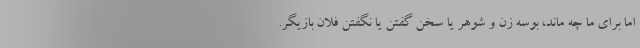
اما برای ما چه ماند، بوسه زن و شوهر یا سخن گفتن یا نگفتن فلان بازیگر.